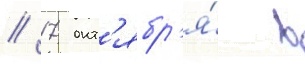
// 17 окт'ябр'я́ в